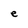
Character: e